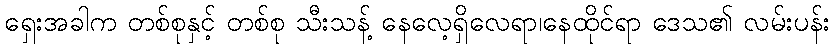
ရှေးအခါက တစ်စုနှင့် တစ်စု သီးသန့် နေလေ့ရှိလေရာ၊နေထိုင်ရာ ဒေသ၏ လမ်းပန်း